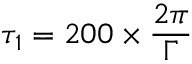
\tau _ { 1 } = 2 0 0 \times \frac { 2 \pi } { \Gamma }